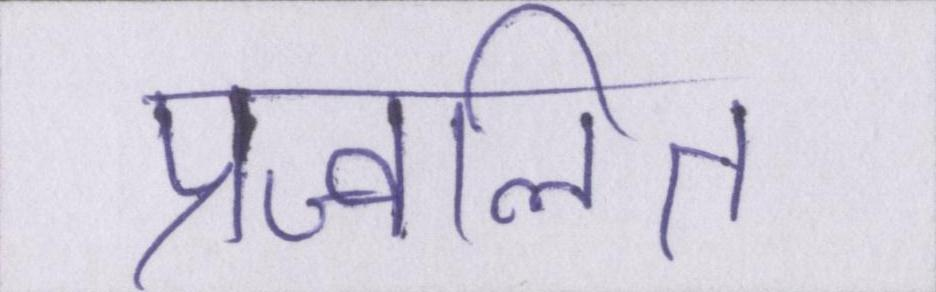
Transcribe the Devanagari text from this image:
प्रज्वलित